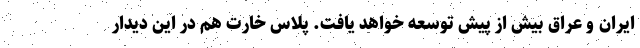
ایران و عراق بیش از پیش توسعه خواهد یافت. پلاس خارت هم در این دیدار